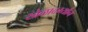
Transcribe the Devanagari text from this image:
खेळादर्म्यान